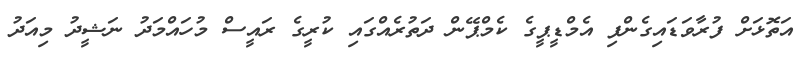
އަތޮޅަށް ފުރާވަޑައިގެންފި އެމްޑީޕީގެ ކެމްޕޭން ދަތުރެއްގައި ކުރީގެ ރައީސް މުހައްމަދު ނަޝީދު މިއަދު